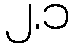
၂.၁